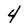
Character: 4